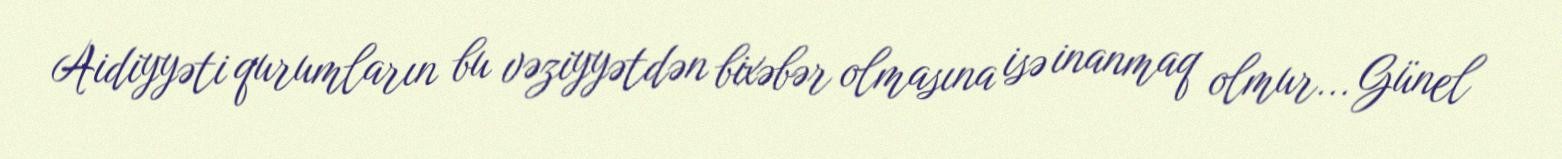
Aidiyyəti qurumların bu vəziyyətdən bixəbər olmasına isə inanmaq olmur... Günel